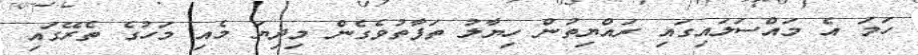
ހަމަ އެ މައްސަލައިގައި ރައްޔިތުން ހިޔާލު ތަފާތުވެގެން މިދިޔަ މެއި މަހުގެ ތެރޭގައި